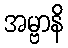
အမ္ဗာနိ